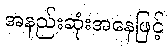
အနည်းဆုံးအနေဖြင့်